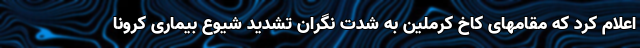
اعلام کرد که مقامهای کاخ کرملین به شدت نگران تشدید شیوع بیماری کرونا